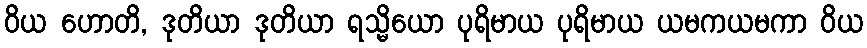
ဝိယ ဟောတိ, ဒုတိယာ ဒုတိယာ ရသ္မိယော ပုရိမာယ ပုရိမာယ ယမကယမကာ ဝိယ